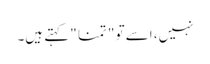
نہیں، اسے تو " تمنا " کہتے ہیں۔